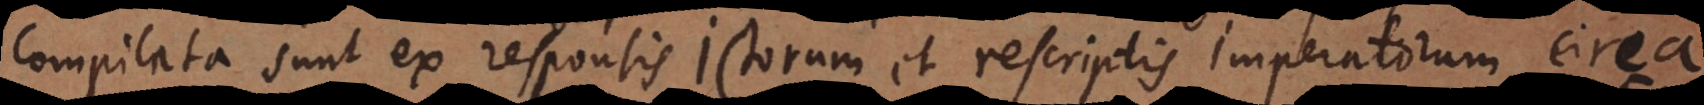
compilata sunt ex responsis Jurisconsultorum et rescriptis Imperatorum circa